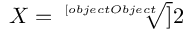
X = { \sqrt [ [object Object] ] { 2 } }